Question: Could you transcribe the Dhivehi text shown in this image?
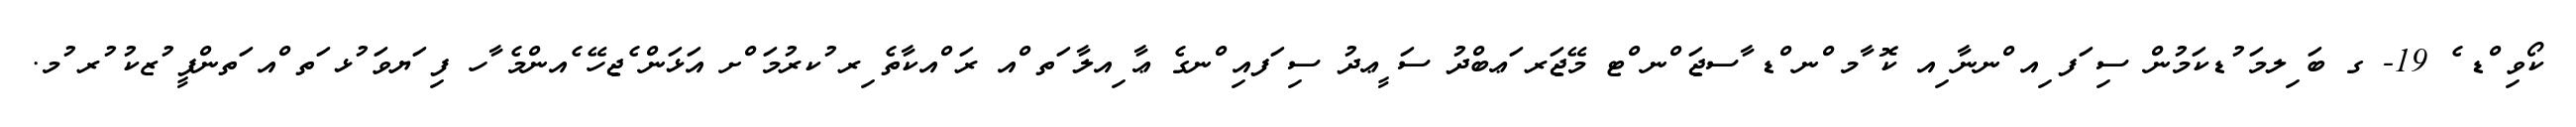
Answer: ކޯވި ްޑ ެ 19- ގ ބަ ިލމަ ުޑކަމުން ސި ަފ ިއ ްނނާ ިއ ކޮ ާމ ްނ ްޑ ާސޖަ ްނ ްޓ މޭޖަރ ަޢބްދު ސަ ީޢދު ސި ަފއި ްނގެ ޢާ ިއލާ ަތ ްއ ރަ ްއކާތެ ިރ ުކރުމަ ްށ އަޅަން ެޖހޭ ެއންމެ ާހ ފި ަޔވަ ުޅ ަތ ްއ ަތންފީ ުޒކު ުރ ުމ.